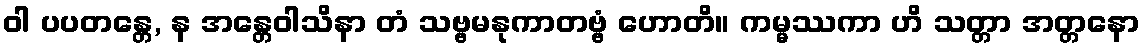
ဝါ ပပတန္တေ, န အန္တေဝါသိနာ တံ သဗ္ဗမနုကာတဗ္ဗံ ဟောတိ။ ကမ္မဿကာ ဟိ သတ္တာ အတ္တနော